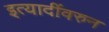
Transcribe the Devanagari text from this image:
इत्यादींवरुन